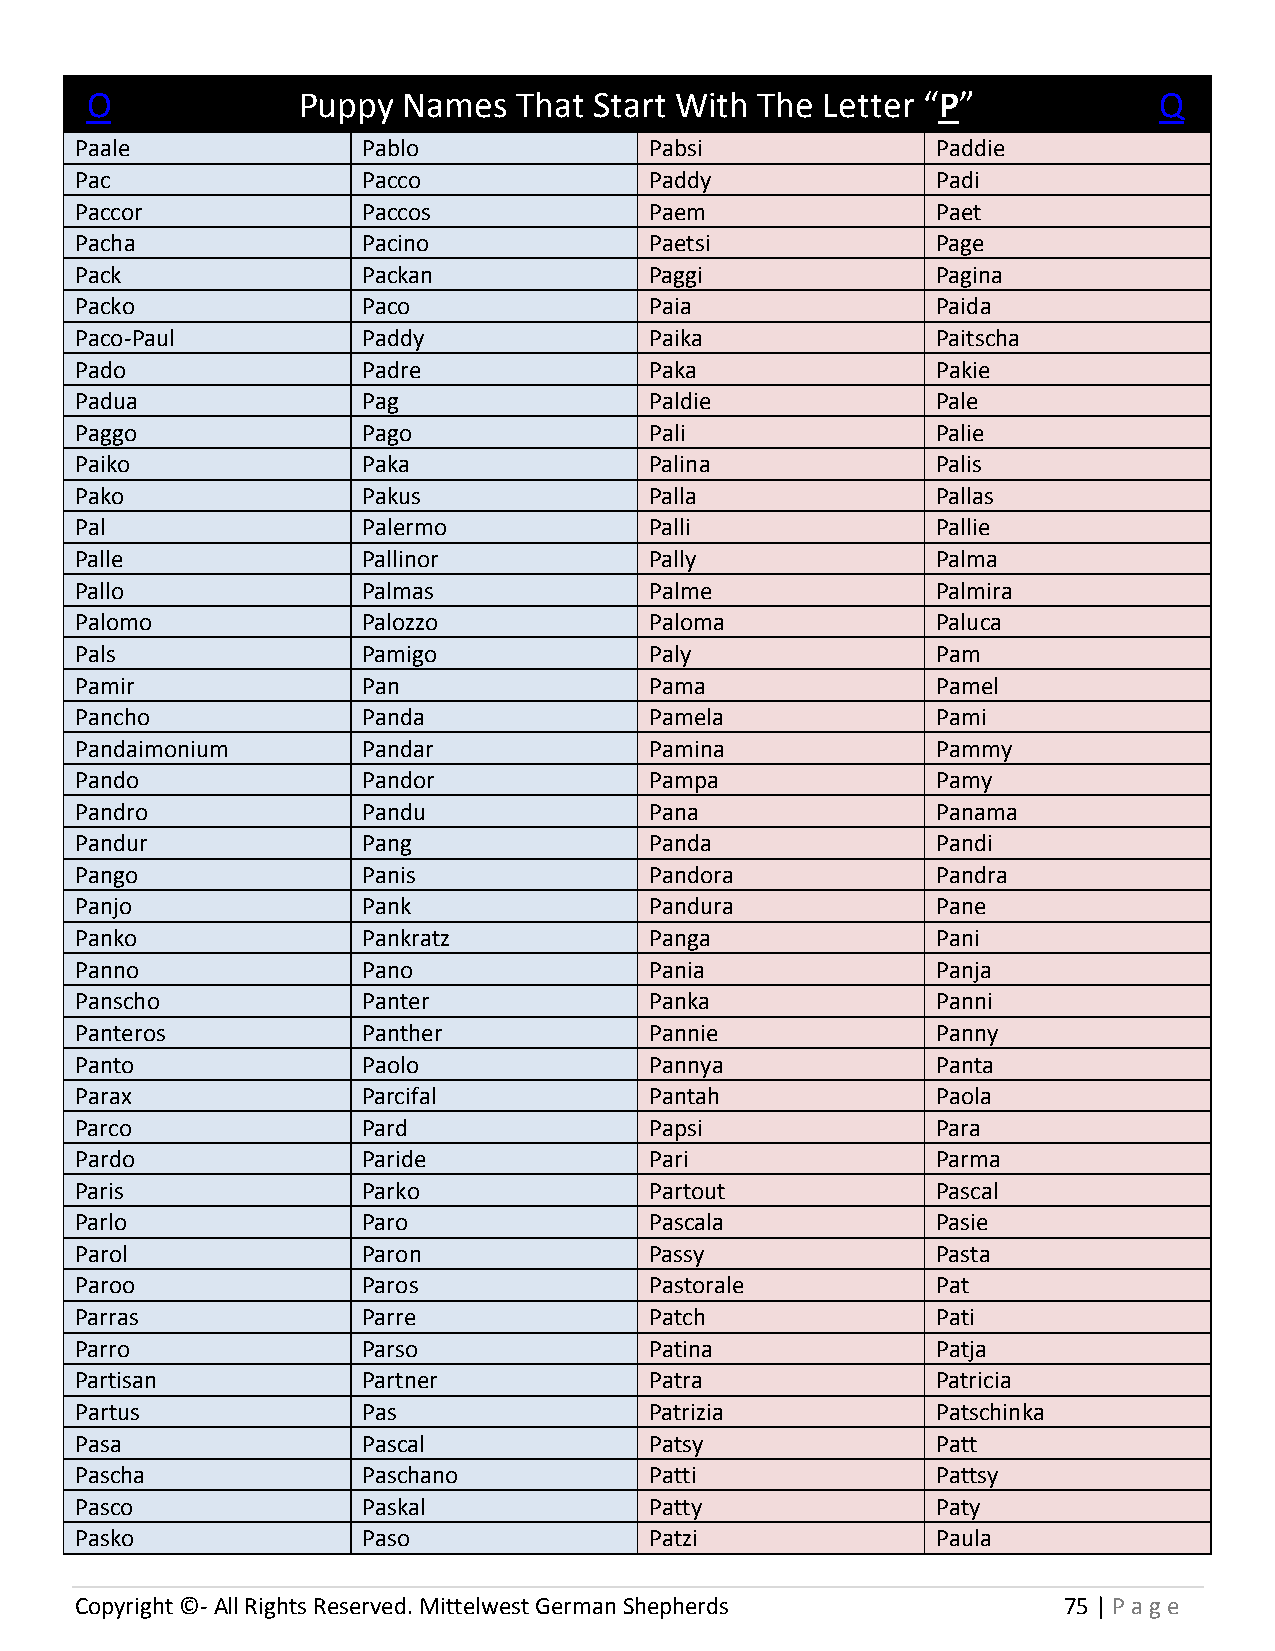
O             Puppy  Names  That Start With The  Letter “P”            Q
 Paale              Pablo              Pabsi              Paddie
 Pac                Pacco              Paddy              Padi
 Paccor             Paccos             Paem               Paet
 Pacha              Pacino             Paetsi             Page
 Pack               Packan             Paggi              Pagina
 Packo              Paco               Paia               Paida
 Paco-Paul          Paddy              Paika              Paitscha
 Pado               Padre              Paka               Pakie
 Padua              Pag                Paldie             Pale
 Paggo              Pago               Pali               Palie
 Paiko              Paka               Palina             Palis
 Pako               Pakus              Palla              Pallas
 Pal                Palermo            Palli              Pallie
 Palle              Pallinor           Pally              Palma
 Pallo              Palmas             Palme              Palmira
 Palomo             Palozzo            Paloma             Paluca
 Pals               Pamigo             Paly               Pam
 Pamir              Pan                Pama               Pamel
 Pancho             Panda              Pamela             Pami
 Pandaimonium       Pandar             Pamina             Pammy
 Pando              Pandor             Pampa              Pamy
 Pandro             Pandu              Pana               Panama
 Pandur             Pang               Panda              Pandi
 Pango              Panis              Pandora            Pandra
 Panjo              Pank               Pandura            Pane
 Panko              Pankratz           Panga              Pani
 Panno              Pano               Pania              Panja
 Panscho            Panter             Panka              Panni
 Panteros           Panther            Pannie             Panny
 Panto              Paolo              Pannya             Panta
 Parax              Parcifal           Pantah             Paola
 Parco              Pard               Papsi              Para
 Pardo              Paride             Pari               Parma
 Paris              Parko              Partout            Pascal
 Parlo              Paro               Pascala            Pasie
 Parol              Paron              Passy              Pasta
 Paroo              Paros              Pastorale          Pat
 Parras             Parre              Patch              Pati
 Parro              Parso              Patina             Patja
 Partisan           Partner            Patra              Patricia
 Partus             Pas                Patrizia           Patschinka
 Pasa               Pascal             Patsy              Patt
 Pascha             Paschano           Patti              Pattsy
 Pasco              Paskal             Patty              Paty
 Pasko              Paso               Patzi              Paula
 Copyright ©- All Rights Reserved. Mittelwest German Shepherds    75 | P age